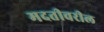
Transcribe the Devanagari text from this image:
मदतीवरील